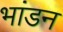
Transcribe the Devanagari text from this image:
भांडन